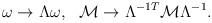
LaTeX: \begin{align*}\omega \rightarrow \Lambda \omega,\>\>\>{\cal M} \rightarrow \Lambda^{-1 T} {\cal M} \Lambda^{-1}.\end{align*}